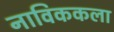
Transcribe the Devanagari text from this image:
नाविककला